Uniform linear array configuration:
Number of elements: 4
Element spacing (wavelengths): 0.5
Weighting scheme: kaiser
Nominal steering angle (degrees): -15
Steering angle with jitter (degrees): -13.078
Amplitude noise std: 0.05
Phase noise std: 0.05

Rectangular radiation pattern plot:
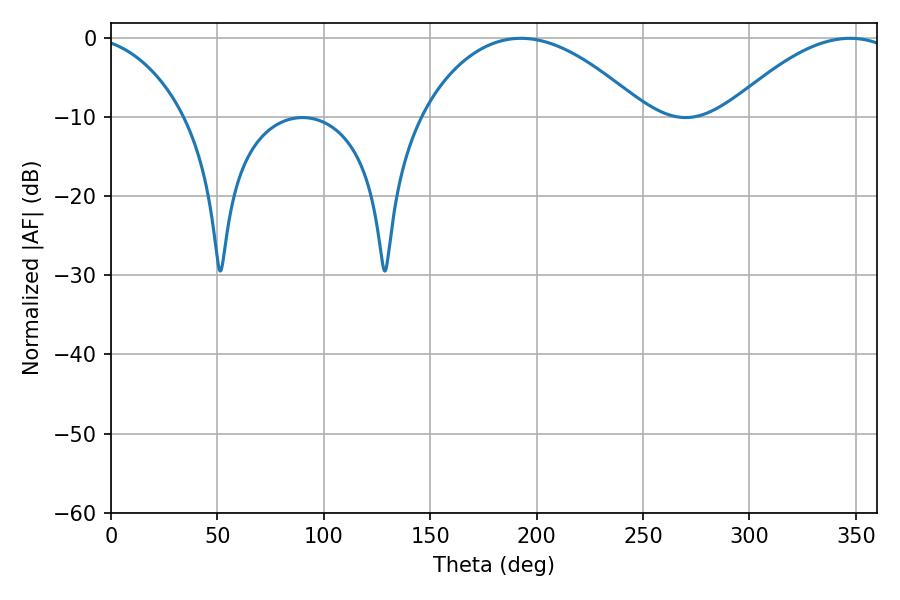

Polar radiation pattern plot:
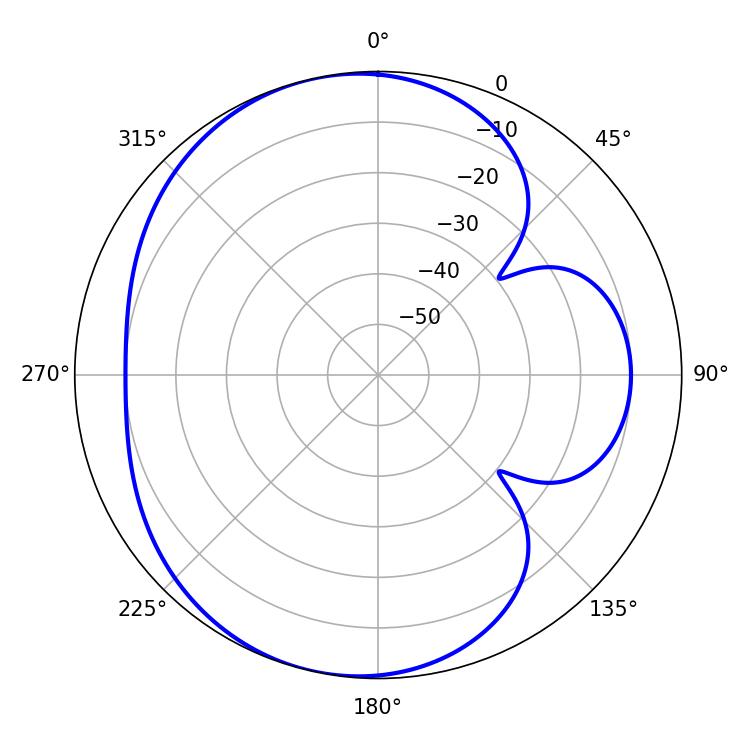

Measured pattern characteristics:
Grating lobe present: FALSE
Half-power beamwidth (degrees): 58.68
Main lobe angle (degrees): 192.6